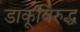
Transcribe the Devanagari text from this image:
डाकूविरुद्ध